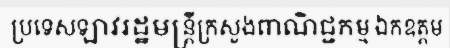
ប្រទេសឡាវរដ្ឋមន្ត្រីក្រសួងពាណិជ្ជកម្ម ឯកឧត្តម